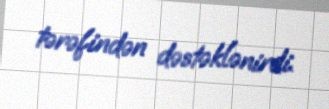
tərəfindən dəstəklənirdi.